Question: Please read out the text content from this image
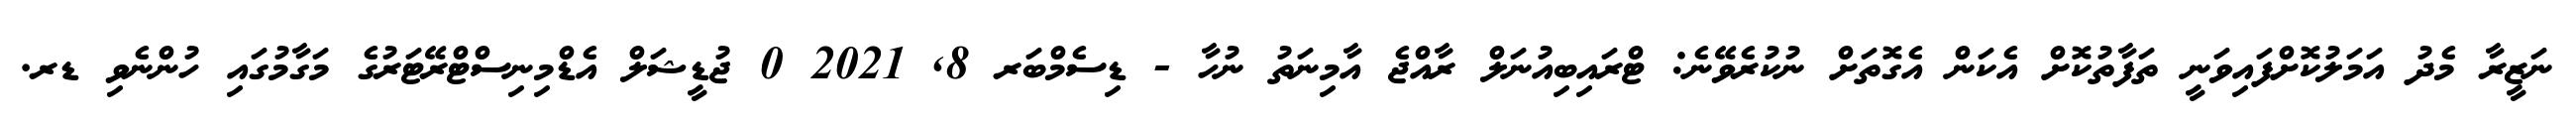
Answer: ނަޒީރާ މެދު އަމަލުކޮށްފައިވަނީ ތަފާތުކޮށް އެކަން އެގޮތަށް ނުކުރެވޭނެ: ޓްރައިބިއުނަލް ރާއްޖެ އާމިނަތު ނުހާ - ޑިސެމްބަރ 8, 2021 0 ޖުޑީޝަލް އެޑްމިނިސްޓްރޭޓަރުގެ މަގާމުގައި ހުންނެވި ޑރ.